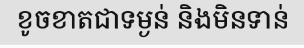
ខូចខាតជាទម្ងន់ និងមិនទាន់